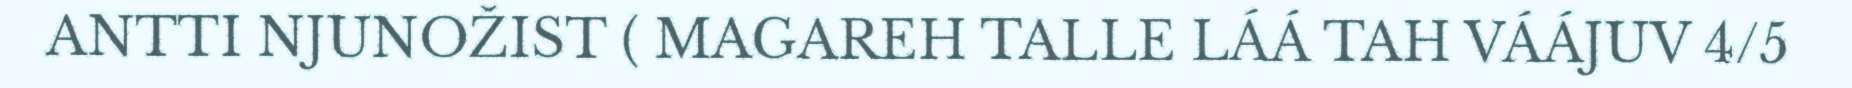
ANTTI NJUNOŽIST ( MAGAREH TALLE LÁÁ TAH VÁÁJUV 4/5